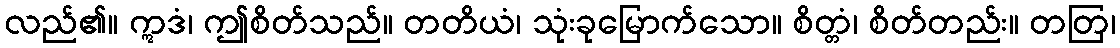
လည်၏။ ဣဒံ၊ ဤစိတ်သည်။ တတိယံ၊ သုံးခုမြောက်သော။ စိတ္တံ၊ စိတ်တည်း။ တတြ၊